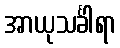
အာယုသင်္ခါရာ